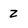
Character: Z